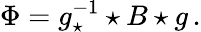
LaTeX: \Phi=g_{\star}^{-1}\star B\star g\, .